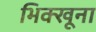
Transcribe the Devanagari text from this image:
भिक्खूना